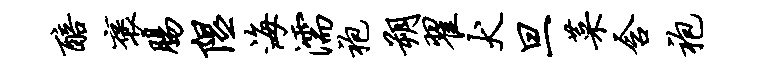
醅褒肠隰海濡袍朔翟犬旦菜含袍